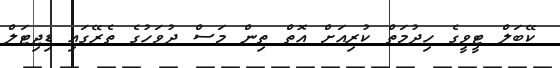
ކޭބަލް ޓީވީގެ ހިދުމަތް ކުރިއަށް އޮތް ތިން މަސް ދުވަހުގެ ތެރޭގައި ޑިޖިޓަލް